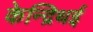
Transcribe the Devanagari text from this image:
केन्द्रिथई